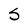
Character: S